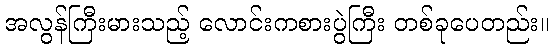
အလွန်ကြီးမားသည့် လောင်းကစားပွဲကြီး တစ်ခုပေတည်း။